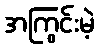
အကြွင်းမဲ့